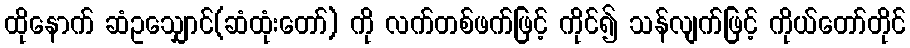
ထိုနောက် ဆံဥသျှောင်(ဆံထုံးတော်) ကို လက်တစ်ဖက်ဖြင့် ကိုင်၍ သန်လျက်ဖြင့် ကိုယ်တော်တိုင်